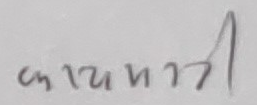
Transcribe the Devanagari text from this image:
कायमत्री